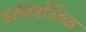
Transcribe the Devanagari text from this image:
इलेक्त्रोंनिक